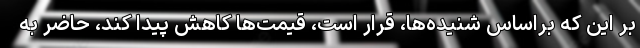
بر این که براساس شنیده‌ها، قرار است، قیمت‌ها کاهش پیدا کند، حاضر به